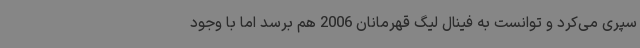
سپری می‌کرد و توانست به فینال لیگ قهرمانان 2006 هم برسد اما با وجود